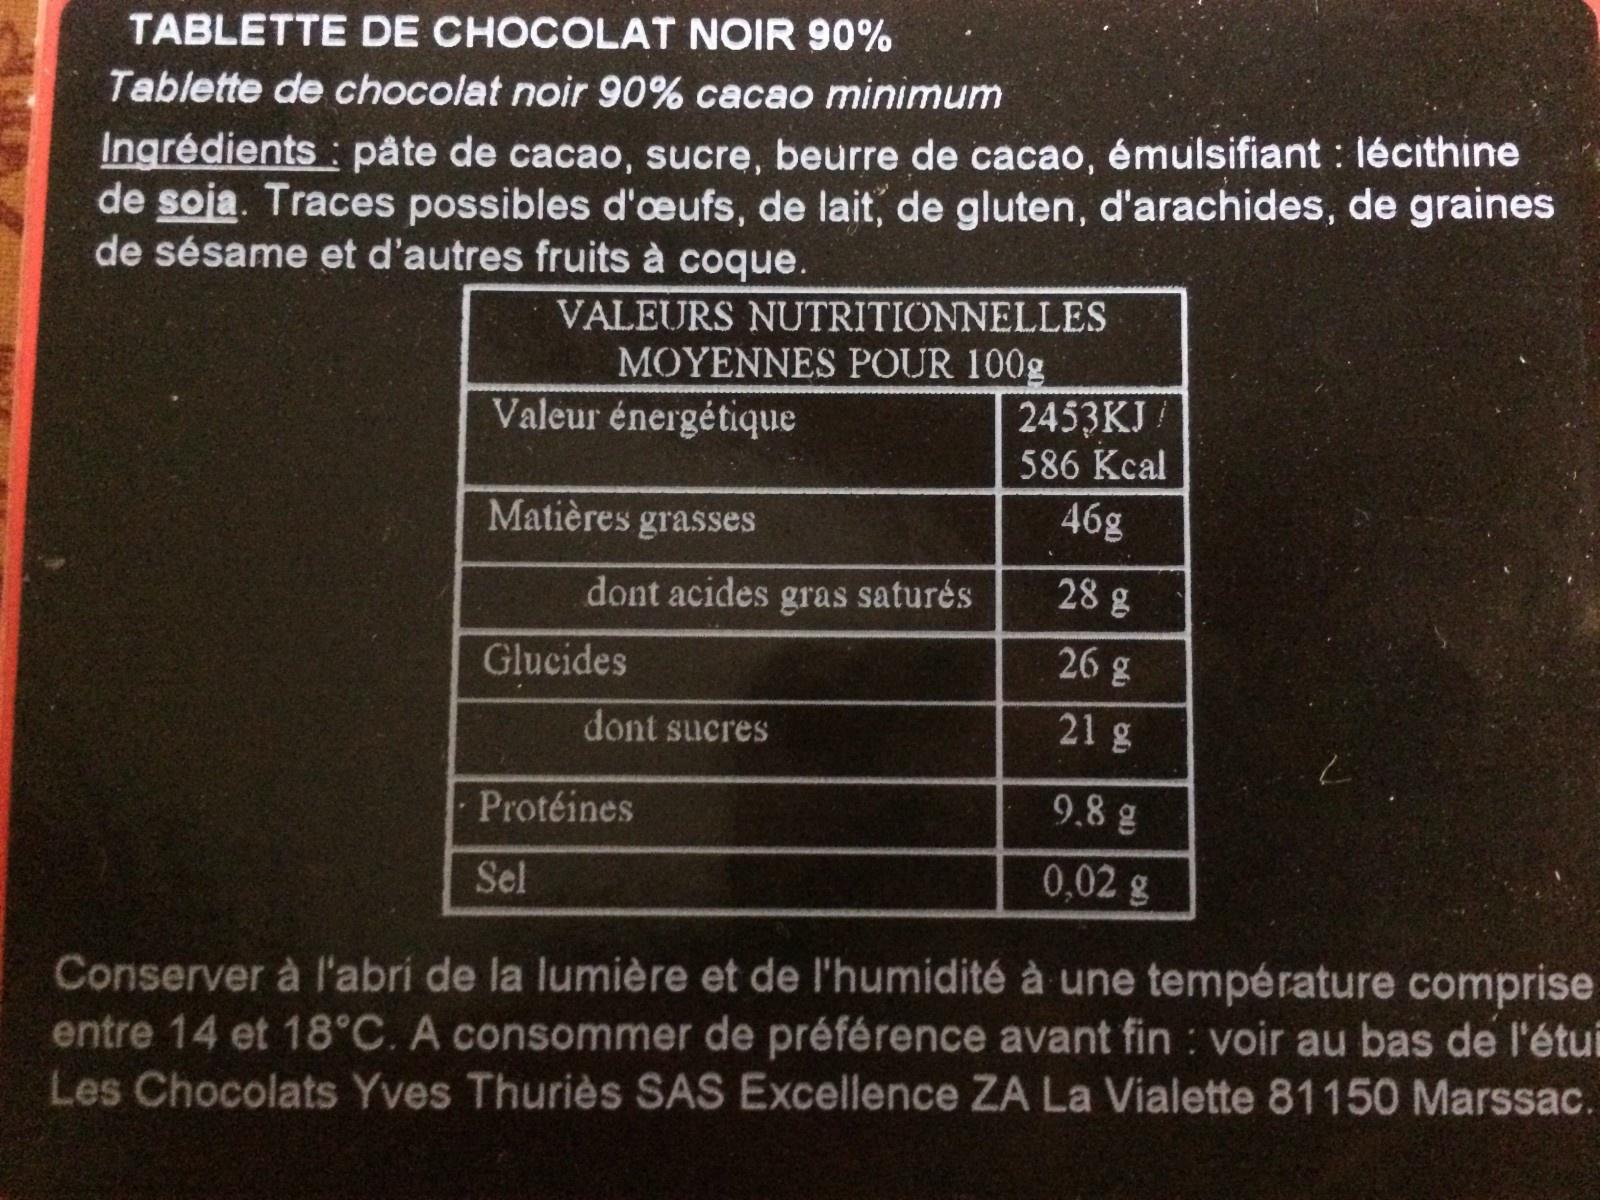
TABLETTE DE CHOCOLAT NOIR 90%
Tablette de chocolat noir 90% cacao minimum
Ingrédients: pâte de cacao, sucre, beurre de cacao, émulsifiant : lécithine de soja. Traces possibles d'oeufs, de lait, de gluten, d'arachides, de graines de sésame et d'autres fruits à coque.
VALEURS NUTRITIONNELLES MOYENNES POUR 100g
Valeur énergétique
Matières grasses
dont acides
Glucides
dont sucres
Protéines
gras saturés
2453KJ /
586 Kcal
46g
28 g
26 g
21 g
9.8 g
0,02 g
Sel
Conserver à l'abri de la lumière et de l'humidité à une température comprise entre 14 et 18°C. A consommer de préférence avant fin : voir au bas de l'étui Les Chocolats Yves Thuriès SAS Excellence ZA La Vialette 81150 Marssac.